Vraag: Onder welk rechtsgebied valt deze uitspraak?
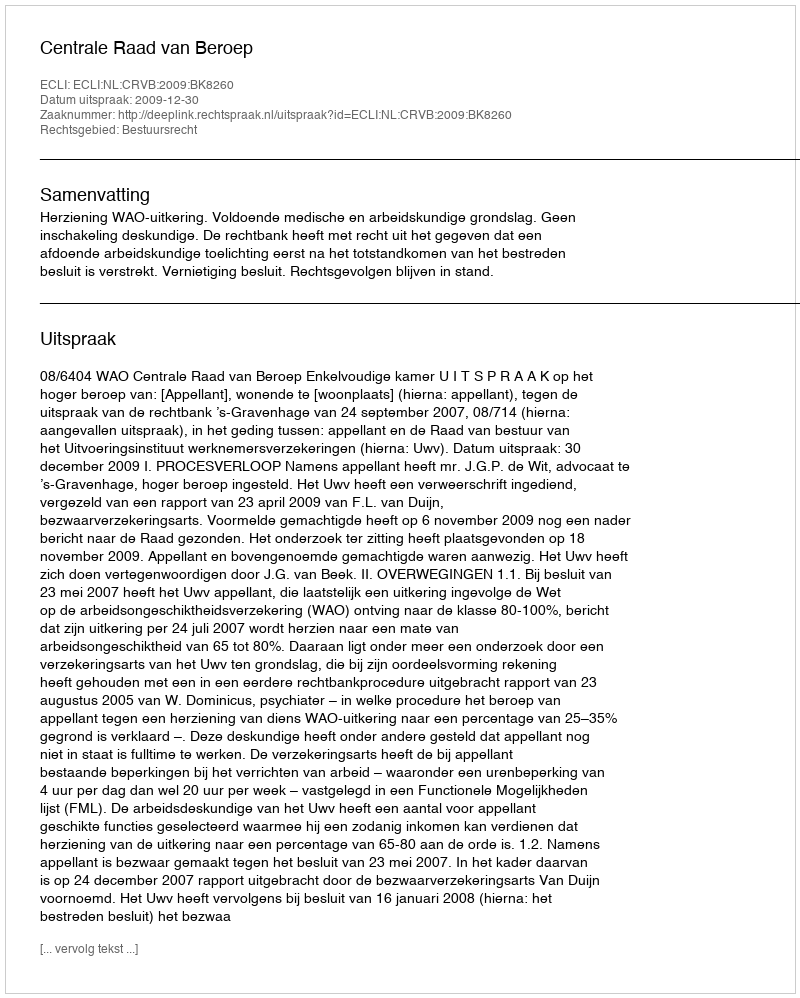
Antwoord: Bestuursrecht